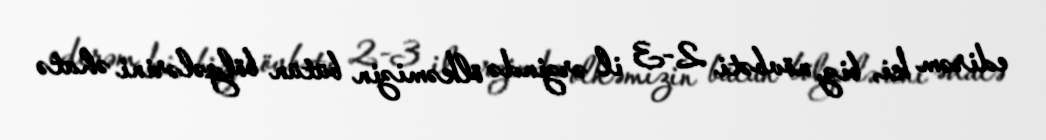
edirəm ki, biz, növbəti 2-3 il ərzində ölkəmizin bütün bölgələrini əhatə